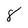
Character: 8